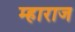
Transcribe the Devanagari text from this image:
म्हाराज